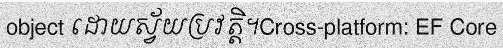
object ដោយស្វ័យប្រវត្តិ។Cross-platform: EF Core